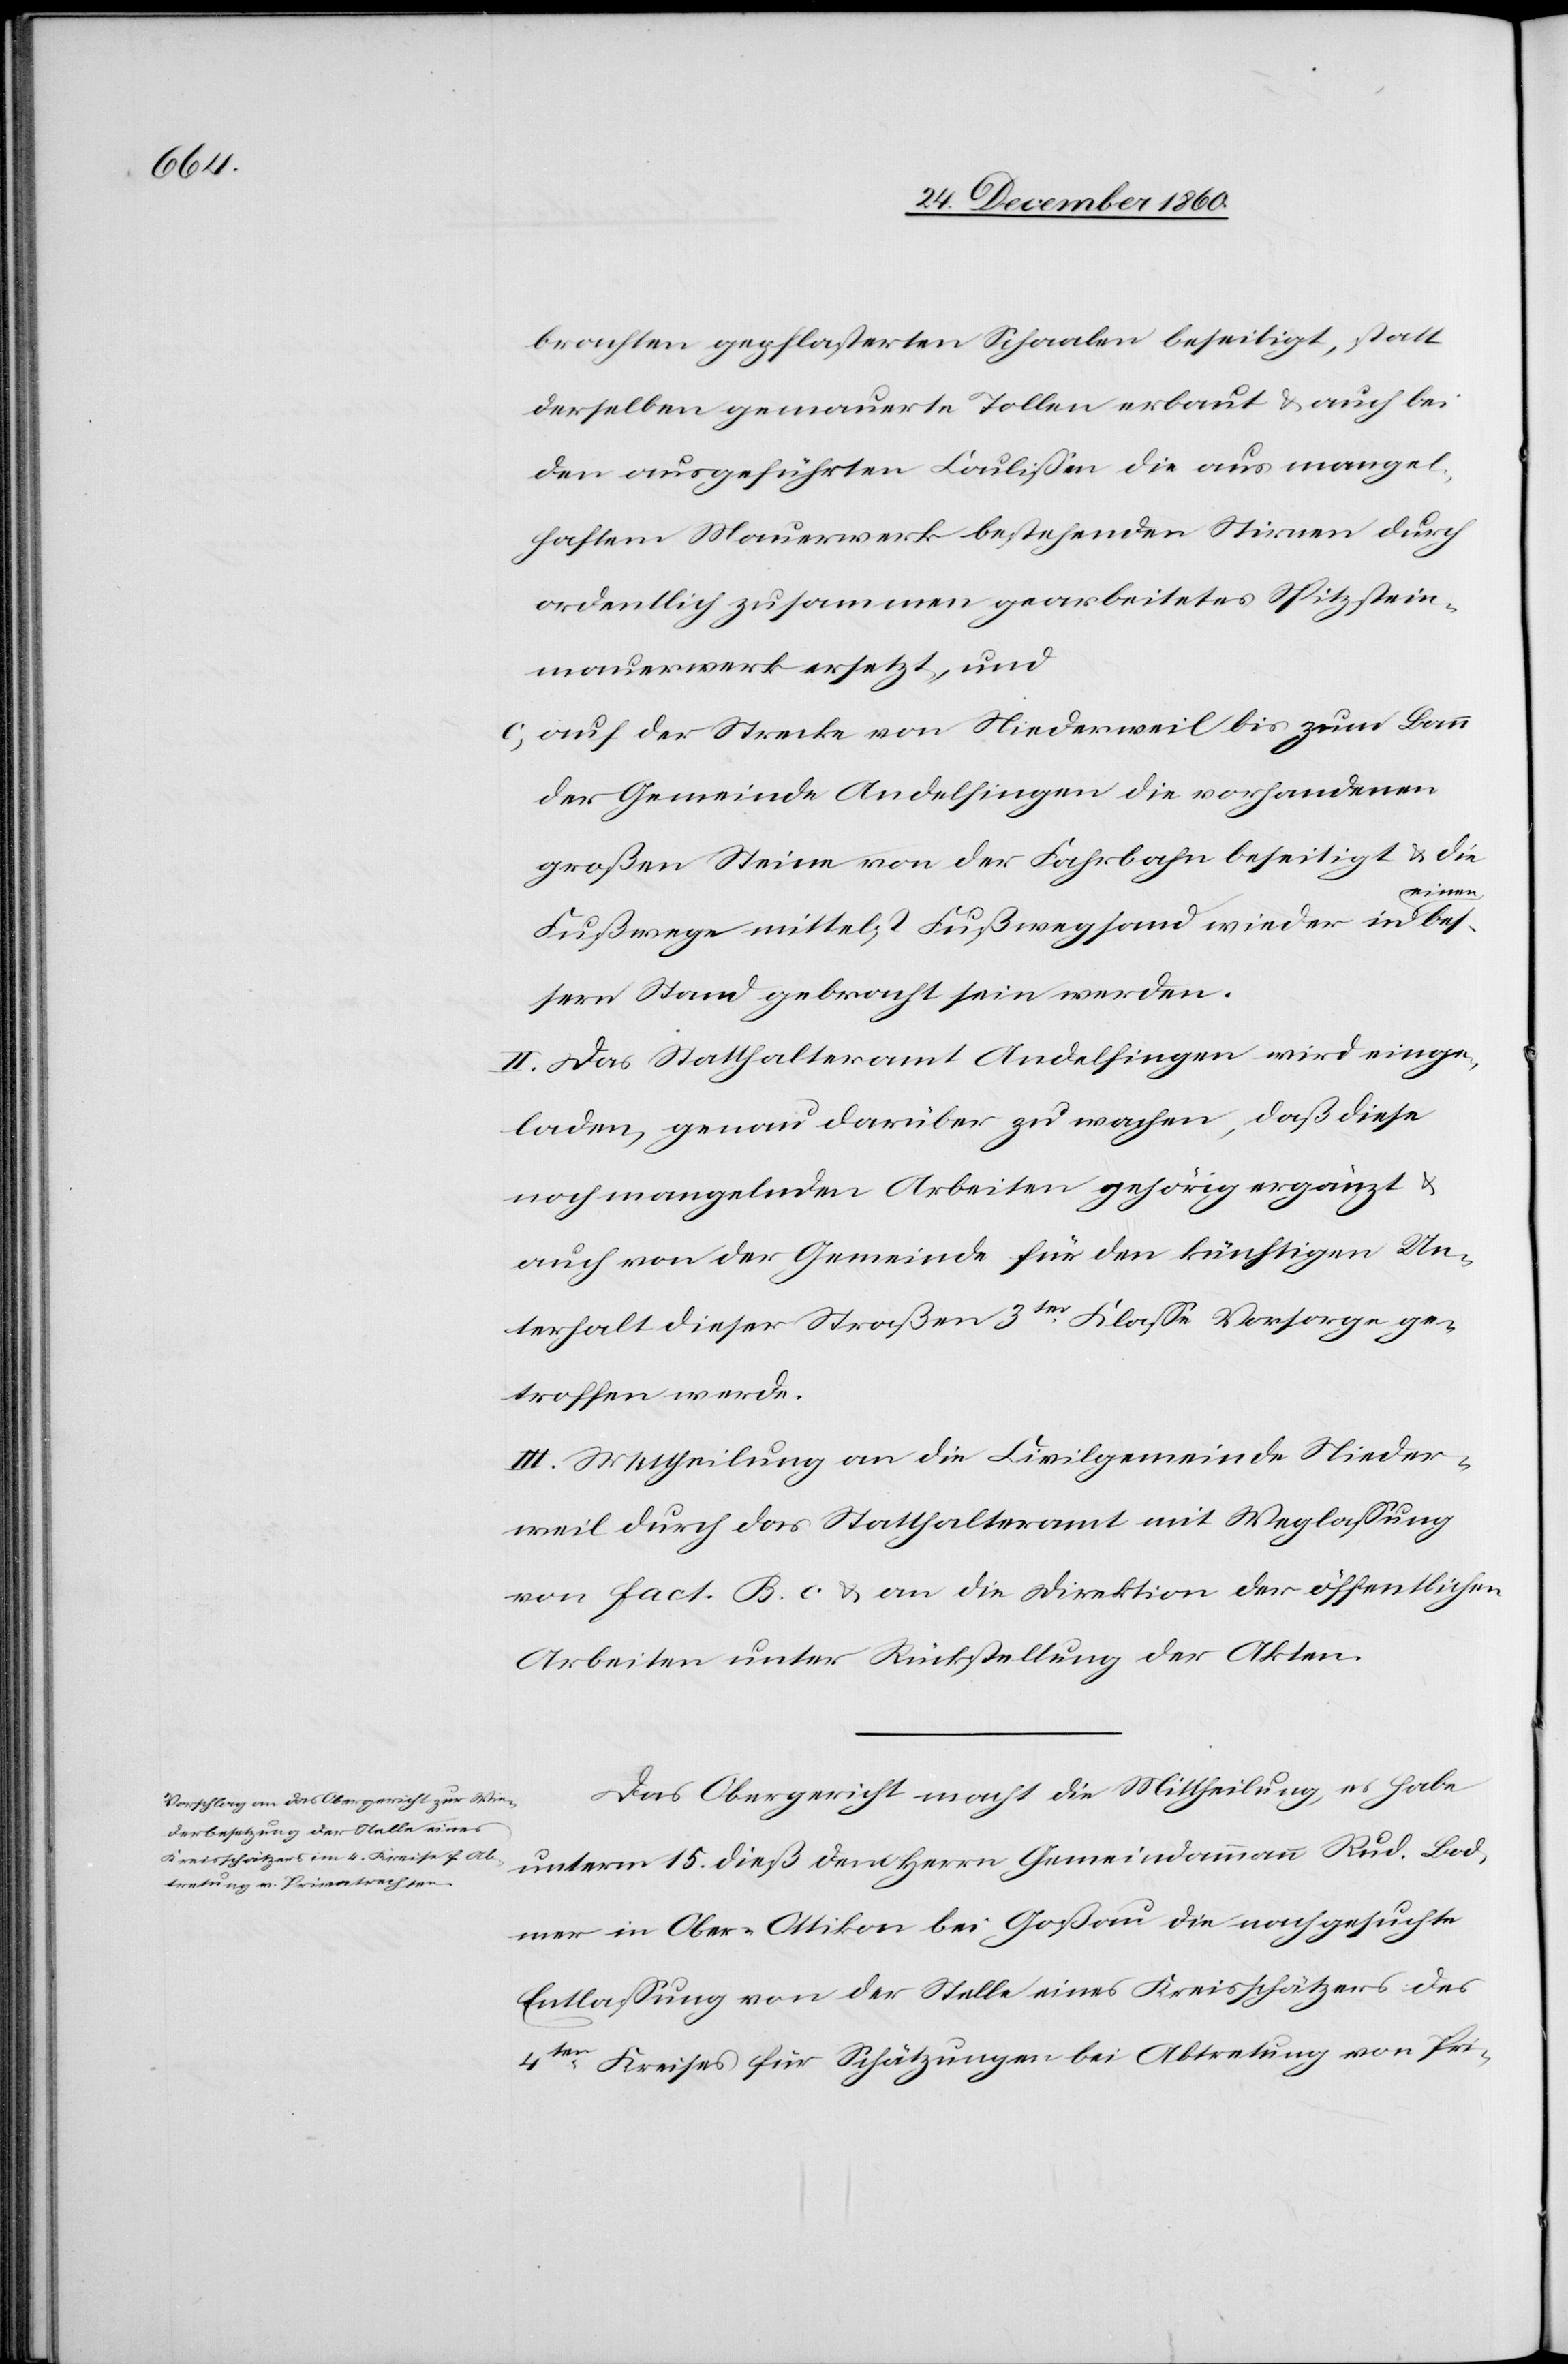
brachten gepflasterten Schaalen beseitigt, statt
derselben gemauerte Tollen erbaut u. auch bei
den ausgeführten Coulissen die aus mangel¬
haftem Mauerwerk bestehenden Stirnen durch
ordentlich zusammen gearbeitetes Spitzstein¬
mauerwerk ersetzt, und
c) auf der Strecke von Niederweil bis zum Bann
der Gemeinde Andelfingen die vorhandenen
großen Steine von der Fahrbahn beseitigt u. die
inen
Fußwege mittelst Fußwegsand wieder in e¬
bessern Stand gebracht sein werden.
II. Das Statthalteramt Andelfingen wird einge¬
laden, genau darüber zu wachen, daß diese
noch mangelnden Arbeiten gehörig ergänzt u.
auch von der Gemeinde für den künftigen Un¬
terhalt dieser Straßen 3ter Klasse Vorsorge ge¬
troffen werde.
III. Mittheilung an die Civilgemeinde Nieder¬
weil durch das Statthalteramt mit Weglassung
von fact. B. c u. an die Direktion der öffentlichen
Arbeiten unter Rückstellung der Akten.
Das Obergericht macht die Mittheilung, es habe
unterm 15. dieß dem Herrn Gemeindammann Rud. Bod¬
mer in Ober-Ottikon bei Goßau die nachgesuchte
Entlassung von der Stelle eines Kreisschätzers des
4ten Kreises für Schätzung bei Abtretung von Pri-